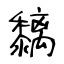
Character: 黐